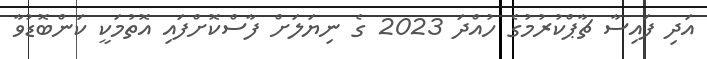
އަދި ފައިސާ ޗާޕްކުރުމުގެ ހުއްދަ 2023 ގެ ނިޔަލަށް ފާސްކޮށްފައި އޮތުމަކީ ކަންބޮޑުވާ